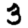
Digit: 3